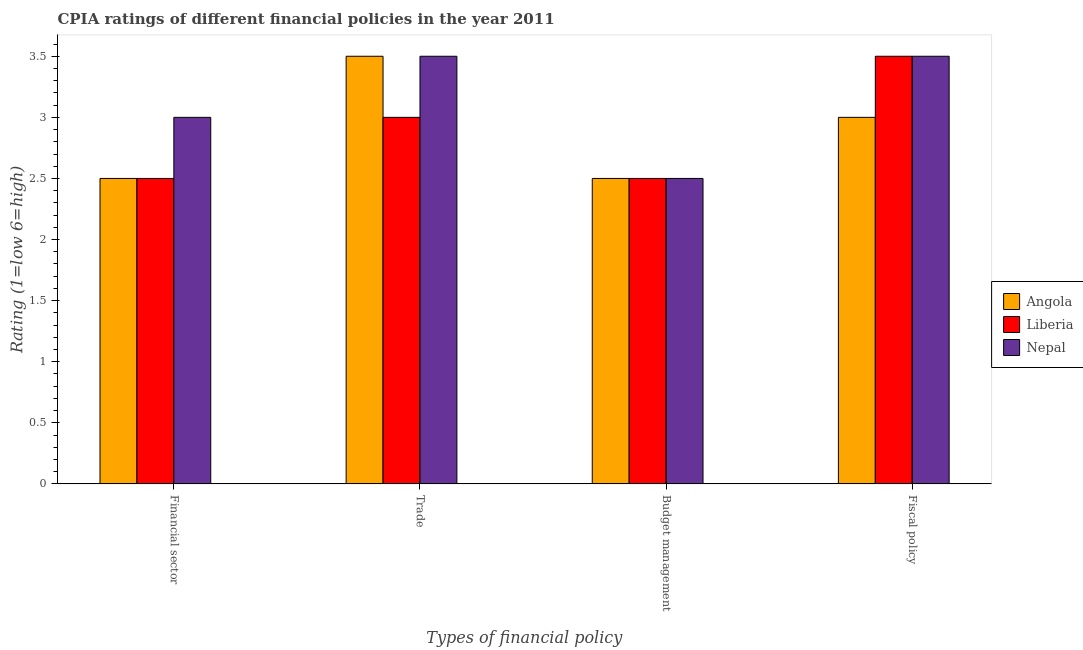
| Types of financial policy | Angola | Liberia | Nepal |
 | --- | --- | --- | --- |
 | Financial sector | 2.5 | 2.5 | 3 |
 | Trade | 3.5 | 3 | 3.5 |
 | Budget management | 2.5 | 2.5 | 2.5 |
 | Fiscal policy | 3 | 3.5 | 3.5 |